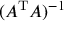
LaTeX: ( A ^ { \mathrm { T } } A ) ^ { - 1 }